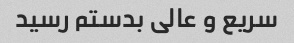
سریع و عالی بدستم رسید